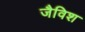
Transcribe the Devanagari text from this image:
जैविश